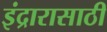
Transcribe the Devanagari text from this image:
इंद्रारासाठी